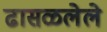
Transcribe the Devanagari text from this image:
ढासळलेले